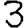
Digit: 3